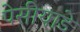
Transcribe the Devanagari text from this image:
पेसीयाडे